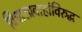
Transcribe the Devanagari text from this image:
विचारप्रवाहांविरुद्ध